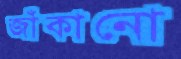
জাঁকানো